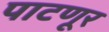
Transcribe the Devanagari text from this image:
पाटणूर